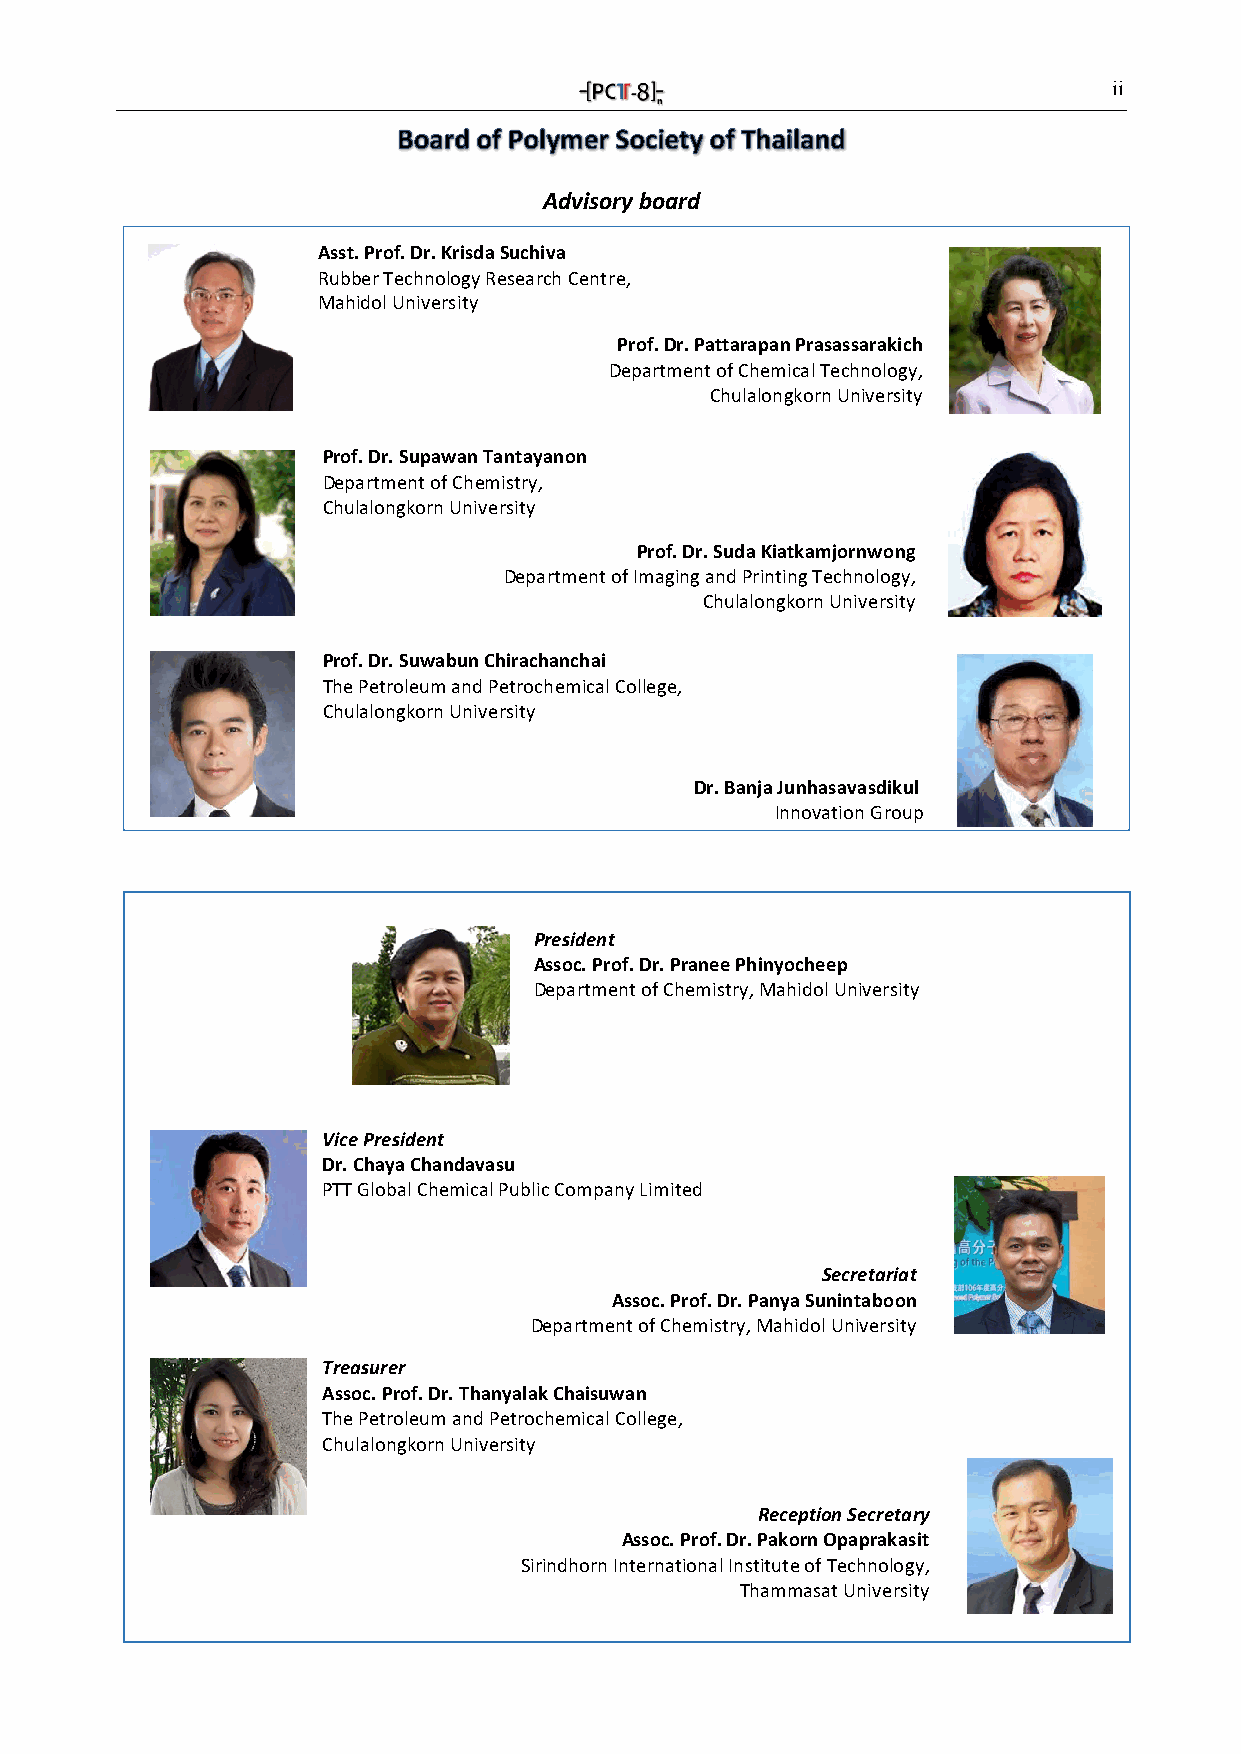
ii
 Advisory board
 Asst. Prof. Dr. Krisda Suchiva
 Rubber Technology Research Centre,
 Mahidol University
 Prof. Dr. Pattarapan Prasassarakich
 Department of Chemical Technology,
 Chulalongkorn University
 Prof. Dr. Supawan Tantayanon
 Department of Chemistry,
 Chulalongkorn University
 Prof. Dr. Suda Kiatkamjornwong
 Department of Imaging and Printing Technology,
 Chulalongkorn University
 Prof. Dr. Suwabun Chirachanchai
 The Petroleum and Petrochemical College,
 Chulalongkorn University
 Dr. Banja Junhasavasdikul
 Innovation Group
 President
 Assoc. Prof. Dr. Pranee Phinyocheep
 Department of Chemistry, Mahidol University
 Vice President
 Dr. Chaya Chandavasu
 PTT Global Chemical Public Company Limited
 Secretariat
 Assoc. Prof. Dr. Panya Sunintaboon
 Department of Chemistry, Mahidol University
 Treasurer
 Assoc. Prof. Dr. Thanyalak Chaisuwan
 The Petroleum and Petrochemical College,
 Chulalongkorn University
 Reception Secretary
 Assoc. Prof. Dr. Pakorn Opaprakasit
 Sirindhorn International Institute of Technology,
 Thammasat University